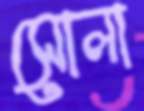
সোলা